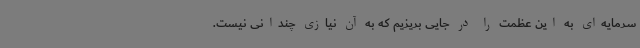
سرمایه‌ای به این عظمت را در جایی بریزیم که به آن نیازی چندانی نیست.